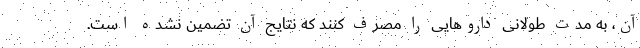
آن، به مدت طولانی دارو‌هایی را مصرف کنند که نتایج آن تضمین نشده است.